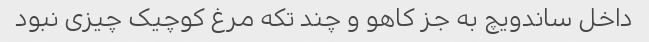
داخل ساندویچ به جز کاهو و‌ چند تکه مرغ کوچیک چیزی نبود